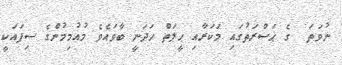
ނުވަތަ  ގެ ޙަޟްރަތުގައި މަކަރާއި ޙީލަތް ހަދަނީ ބާވައެވެ މުއުމިމުންގެ ސިފައަކީ